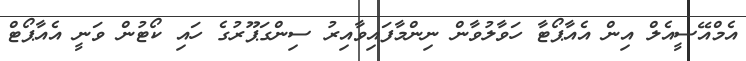
އެމްއޭސީއެލް އިން އެއާޕޯޓާ ހަވާލުވާން ނިންމާފައިވާއިރު ސިންގަޕޫރުގެ ހައި ކޯޓުން ވަނީ އެއާޕޯޓް